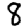
Digit: 8